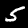
Digit: 5